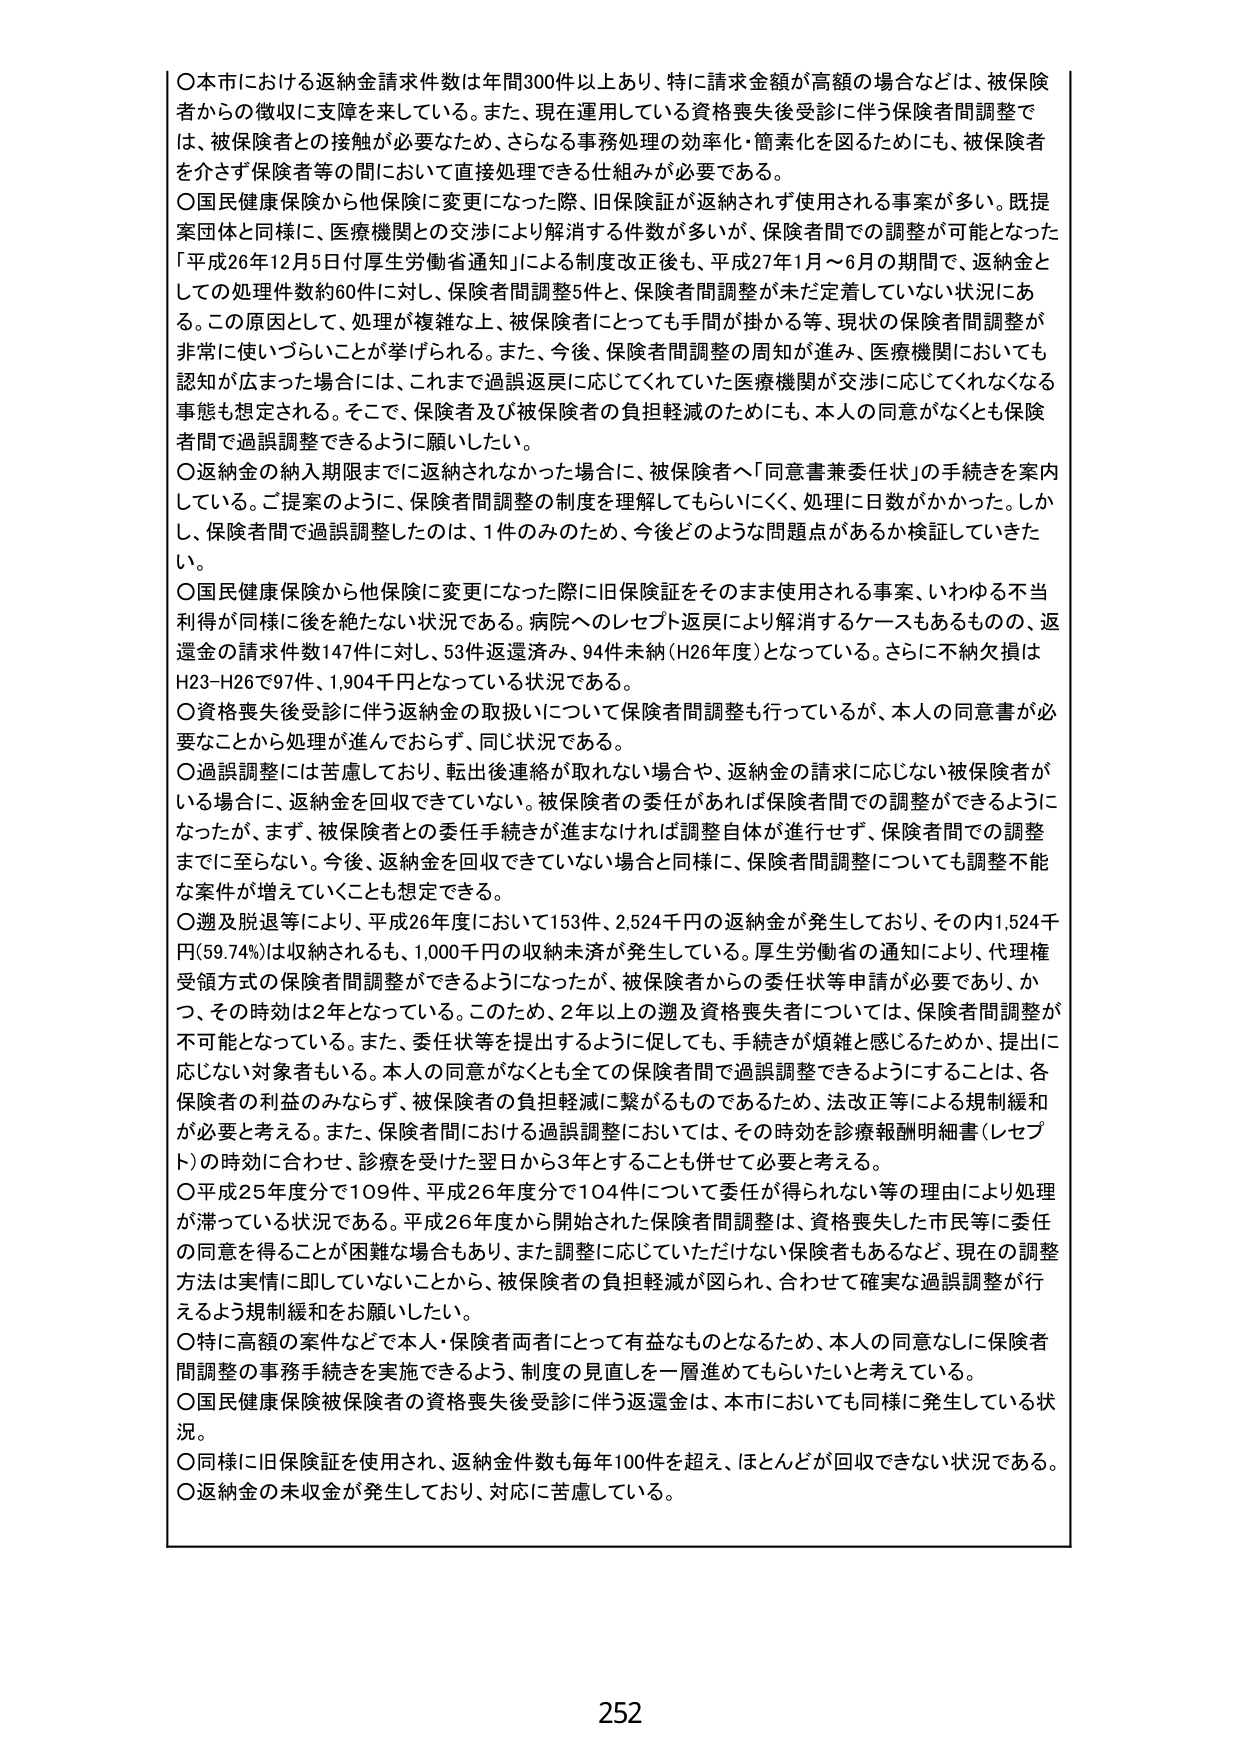
〇本市における返納金請求件数は年間300件以上あり、特に請求金額が高額の場合などは、被保険者からの徴収に支障を来している。また、現在運用している資格喪失後受診に伴う保険者間調整では、被保険者との接触が必要なため、さらなる事務処理の効率化・簡素化を図るためにも、被保険者を介さず保険者等の間において直接処理できる仕組みが必要である。

〇国民健康保険から他保険に変更になった際、旧保険証が返納されず使用される事案が多い。既提案団体と同様に、医療機関との交渉により解消する件数が多いが、保険者間での調整が可能となった「平成26年12月5日付厚生労働省通知」による制度改正後も、平成27年1月～6月の期間で、返納金としての処理件数約60件に対し、保険者間調整5件と、保険者間調整が未だ定着していない状況にある。この原因として、処理が複雑な上、被保険者にとっても手間が掛かる等、現状の保険者間調整が非常に使いづらいことが挙げられる。また、今後、保険者間調整の周知が進み、医療機関においても認知が広まった場合に、これまで過誤返戻に応じてくれていた医療機関が交渉に応じてくれなくなる事態も想定される。そこで、保険者及び被保険者の負担軽減のためにも、本人の同意がなくとも保険者間で過誤調整できるように願いたい。

〇返納金の納入期限までに返納されなかった場合に、被保険者へ「同意書兼委任状」の手続きを案内している。ご提案のように、保険者間調整の制度を理解してもらいにくく、処理に日数がかかかった。しかし、保険者間で過誤調整したのは、1件のみのため、今後どのような問題点があるか検証していきたい。

〇国民健康保険から他保険に変更になった際に旧保険証をそのまま使用される事案、いわゆる不当利得が同様に後を絶たない状況である。病院へのレセプト返戻により解消するケースもあるものの、返還金の請求件数147件に対し、53件返還済み、94件未納（H26年度）となっている。さらに不納欠損はH23～H26で97件、1,904千円となっている状況である。

〇資格喪失後受診に伴う返納金の取扱いについて保険者間調整も行っているが、本人の同意書が必要なことから処理が進んでおらず、同じ状況である。

〇過誤調整には苦慮しており、転出後連絡が取れない場合や、返納金の請求に応じない被保険者がいる場合に、返納金を回収できていない。被保険者の委任があれば保険者間での調整ができるようになったが、まず、被保険者との委任手続きが進まなければ調整自体が進行せず、保険者間での調整までに至らない。今後、返納金を回収できていない場合と同様に、保険者間調整についても調整不能な案件が増えていくことも想定できる。

〇遡及脱退等により、平成26年度において153件、2,524千円の返納金が発生しており、その内1,524千円（59.74%）は収納されるも、1,000千円の収納未済が発生している。厚生労働省の通知により、代理権受領方式の保険者間調整ができるようになったが、被保険者からの委任状等申請が必要であり、かつ、その時効は2年となっている。このため、2年以上の遡及資格喪失者については、保険者間調整が不可能となっている。また、委任状等を提出するように促しても、手続きが煩雑と感じるためか、提出に応じない対象者もいる。本人の同意がなくとも全ての保険者間で過誤調整できるようにすることは、各保険者の利益のみならず、被保険者の負担軽減に繋がるものであるため、法改正等による規制緩和が必要と考える。また、保険者間における過誤調整においては、その時効を診療報酬明細書（レセプト）の時効に合わせ、診療を受けた翌日から3年とすることも併せて必要と考える。

〇平成25年度分で109件、平成26年度分で104件について委任が得られない等の理由により処理が滞っている状況である。平成26年度から開始された保険者間調整は、資格喪失した市民等に委任の同意を得ることが困難な場合もあり、また調整に応じていただけない保険者もあるなど、現在の調整方法は実情に即していないことから、被保険者の負担軽減が図られ、合わせて確実な過誤調整が行えるよう規制緩和をお願いしたい。

〇特に高額の案件などで本人・保険者両者にとって有益なものとなるため、本人の同意なしに保険者間調整の事務手続きを実施できるよう、制度の見直しを一層進めてもらいたいと考えている。

〇国民健康保険被保険者の資格喪失後受診に伴う返還金は、本市においても同様に発生している状況。

〇同様に旧保険証を使用され、返納金件数も毎年100件を超え、ほとんどが回収できない状況である。

〇返納金の未収金が発生しており、対応に苦慮している。

252